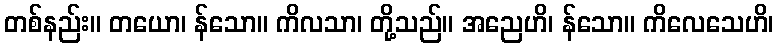
တစ်နည်း။ တယော၊ န်သော။ ကိလသာ၊ တို့သည်။ အညေဟိ၊ န်သော။ ကိလေသေဟိ၊